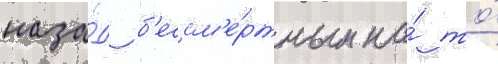
наза́д б'ессм'е́ртным на́ то́